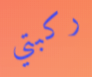
ركبتي